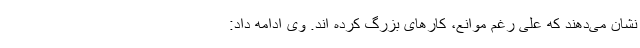
نشان می‌دهند که علی رغم موانع، کارهای بزرگ کرده اند. وی ادامه داد: